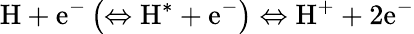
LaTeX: \mathrm{H}+\mathrm{e}^{-}\left(\Leftrightarrow\mathrm{H^{*}}+\mathrm{e}^{-}\right)\Leftrightarrow\mathrm{H}^{+}+2\mathrm{e}^{-}